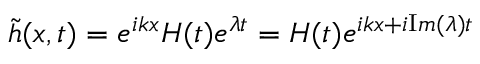
\tilde { h } ( x , t ) = e ^ { i k x } H ( t ) e ^ { \lambda t } = H ( t ) e ^ { i k x + i { \mathrm { I } m } ( \lambda ) t }